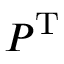
P ^ { \mathrm { T } }